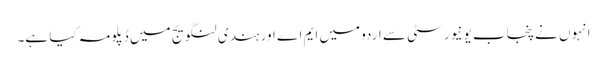
انہوں نے پنجاب یونیورسٹی سے اردو میں ایم اے اور ہندی لنگویج میں ڈپلو مہ کیا ہے۔